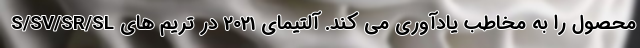
محصول را به مخاطب یادآوری می کند. آلتیمای 2021 در تریم های S/SV/SR/SL